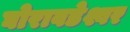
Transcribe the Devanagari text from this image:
घोरावडेश्वर